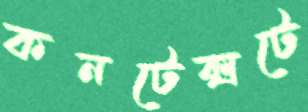
কনটেক্সটে